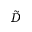
\tilde { D }